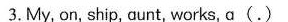
3. My, on, ship, aunt, works, a(.)